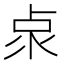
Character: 𠧹